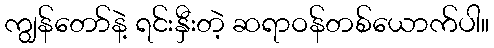
ကျွန်တော်နဲ့ ရင်းနှီးတဲ့ ဆရာဝန်တစ်ယောက်ပါ။